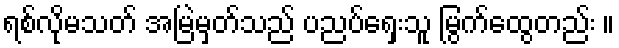
ရစ်လိုမသတ် အမြဲမှတ်သည် ပညပ်ရှေးသူ မြွက်ထွေတည်း ။